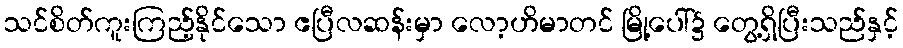
သင်စိတ်ကူးကြည့်နိုင်သော ဧပြီလဆန်းမှာ လော့ဟိမာတင် မြို့ပေါ်၌ တွေ့ရှိပြီးသည်နှင့်